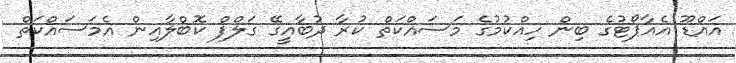
އައްޑޫ އެއާޕޯޓުގެ ބިން ހިއްކުމުގެ މަސައްކަތް ކުރާ ދުބާއީގޭ ގަލްފް ކޮބްލާއިން އެމަސައްކަތް